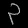
Digit: ၃